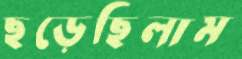
ছড়েছিলাম